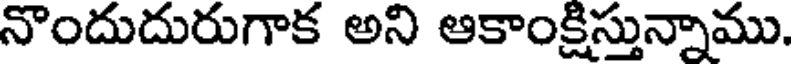
నొందుదురుగాక అని ఆకాంక్షిస్తున్నాము.